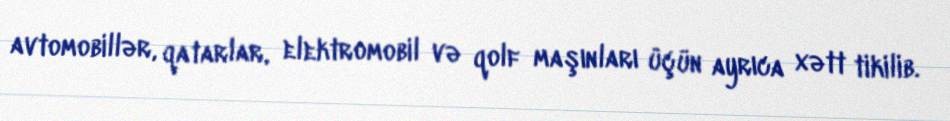
avtomobillər, qatarlar, elektromobil və qolf maşınları üçün ayrıca xətt tikilib.